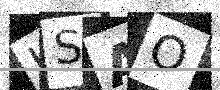
Text: HSAO